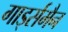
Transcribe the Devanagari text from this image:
गार्ड्समैन